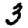
Digit: 3